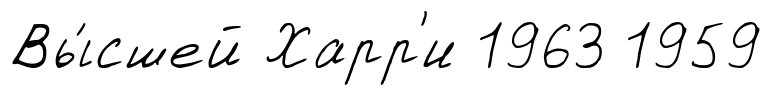
Вы́сшей Харр'и 1963 1959